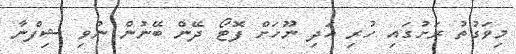
މިވަގުތު ރަށުގައި ހުރި އަދި ނޫހަށް ފޮޓޯ ދޭން ބޭނުން ނުވި ޝިފްނާ